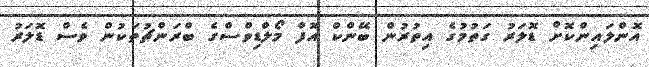
އޮންލައިންކޮށް ޑޮލަރު ގަތުމުގެ އިތުރުން ބޭންކް އޮފް މޯލްޑިވްސްގެ ބްރަންޗުތަކުން ވެސް ޑޮލަރު